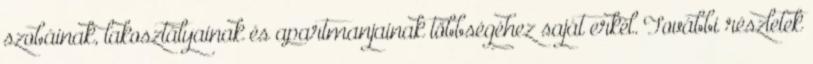
szobáinak, lakosztályainak és apartmanjainak többségéhez saját erkél. További részletek